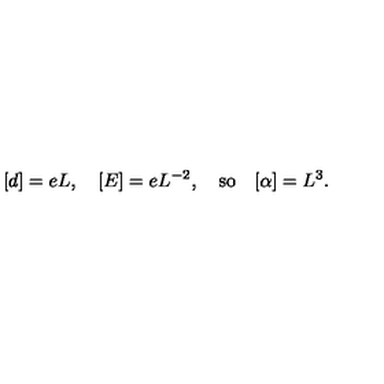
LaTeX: [ d ] = e L , \quad [ E ] = e L ^ { - 2 } , \quad \mathrm { s o } \quad [ \alpha ] = L ^ { 3 } .